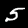
Label: 5